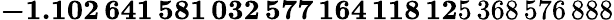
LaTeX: \mathbf{-1.102\, 641\, 581\, 032\, 577\, 164\, 118\, 12}5\, 368\, 576\, 888